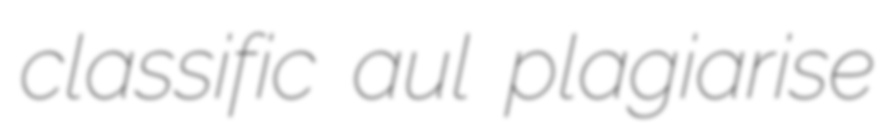
classific aul plagiarise